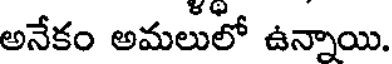
అనేకం అమలులో ఉన్నాయి.